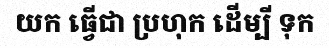
យក ធ្វើជា ប្រហុក ដើម្បី ទុក